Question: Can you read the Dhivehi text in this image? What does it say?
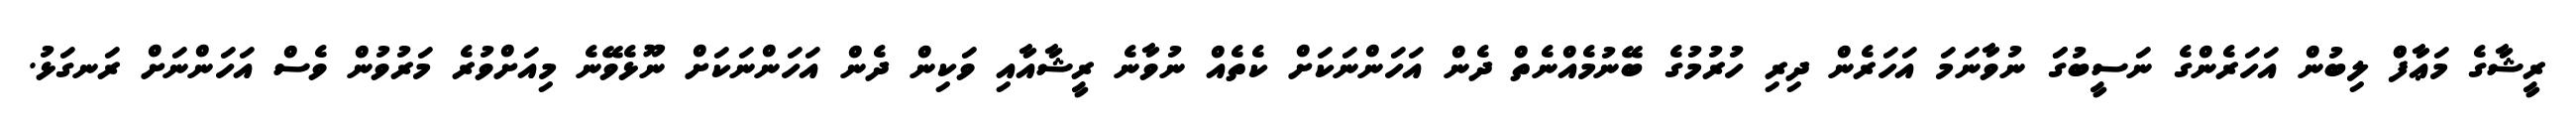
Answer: ރީޝާގެ މަޢާފްް ލިބުން އަހަރެންގެ ނަސީބުގަަ ނުވާނަމަ އަހަރެން ދިރި ހުރުމުގެ ބޭނުމެއްނެތް ދެން އަހަންނަކަށް ކެތެއް ނުވާނެ ރީޝާއާއި ވަކިން ދެން އަހަންނަކަށް ނޫޅެވޭނެ މިއަށްވުރެ މަރުވުން ވެސް އަހަންނަށް ރަނގަޅު.